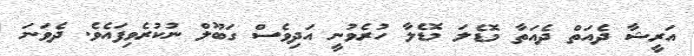
އަރީޝާ ދެއަަތް ދެއަތާ މޮޑެލަ މޮޑެލާ ހުރެވުނީ އަދިވެސް ގަބޫލް ނުކުރެވިފައެވެ. ދެވަނަ